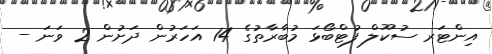
އިންޓަރ ސުކޫލް ފުޓްބޯޅަ މުބާރާތުގެ 14 އަހަރުން ދަށުން 2 ވަނަ -